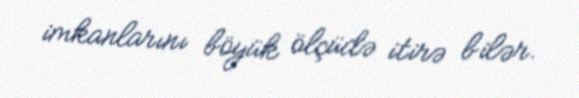
imkanlarını böyük ölçüdə itirə bilər.